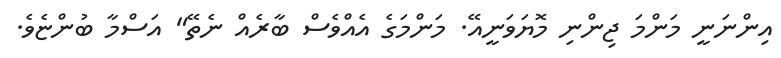
އިންނަނީ މަންމަ ޖިންނި މޮޔަވަނީއޭ. މަންމަގެ އެއްވެސް ބާރެއް ނެތޭ" އަސްމާ ބުންޏެވެ.